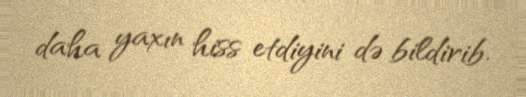
daha yaxın hiss etdiyini də bildirib.